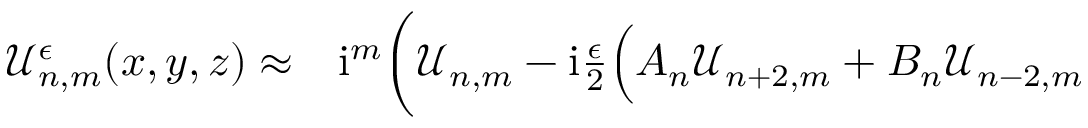
\begin{array} { r l } { \mathcal { U } _ { n , m } ^ { \epsilon } ( x , y , z ) \approx } & { { } \mathrm { i } ^ { m } \bigg ( \mathcal { U } _ { n , m } - \mathrm { i } \frac { \epsilon } { 2 } \Big ( A _ { n } \mathcal { U } _ { n + 2 , m } + B _ { n } \mathcal { U } _ { n - 2 , m } } \end{array}